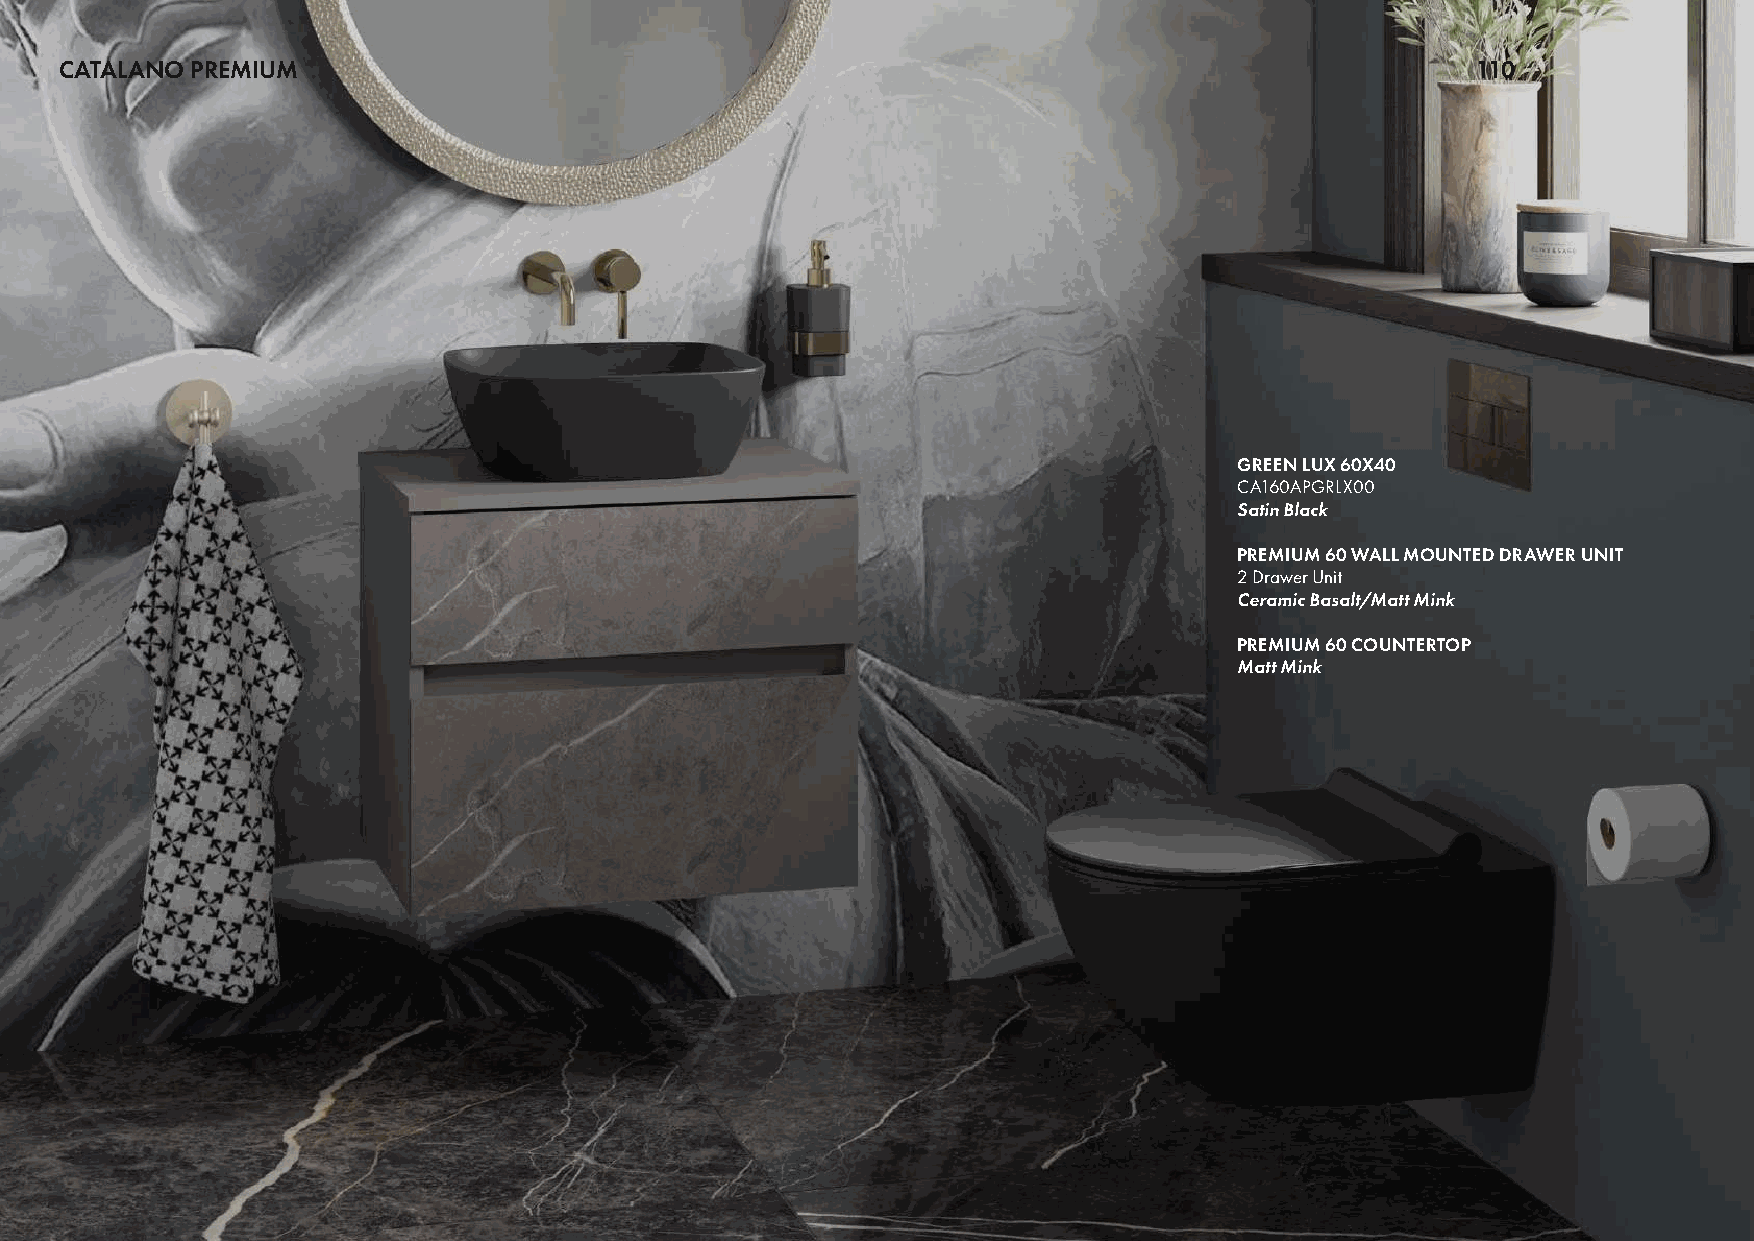
CATALANO PREMIUM                                                                              110
 GREEN LUX 60X40
 CA160APGRLX00
 Satin Black
 PREMIUM 60 WALL MOUNTED DRAWER UNIT
 2 Drawer Unit
 Ceramic Basalt/Matt Mink
 PREMIUM 60 COUNTERTOP
 Matt Mink